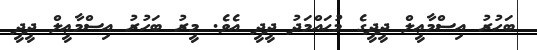
ބަހުރު އިސްމާޢީލް ދީދީގެ މުޙައްމަދު ދީދީ އެވެ. މީރު ބަހުރު އިސްމާޢީލް ދީދީ